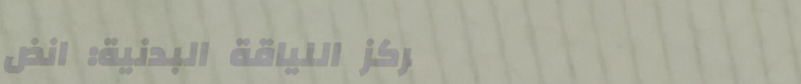
مركز اللياقة البدنية: انض